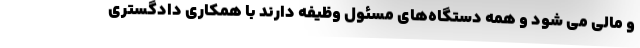
و مالی می شود و همه دستگاه‌های مسئول وظیفه دارند با همکاری دادگستری